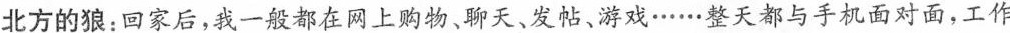
北方的狼：回家后，我一般都在网上购物，聊天、发帖、游戏……整天都与手机面对面，工作是如此，娱乐更